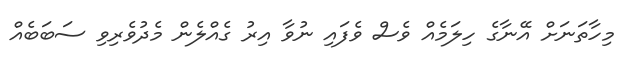
މިހާތަނަށް އޭނާގެ ހިލަމެއް ވެސް ވެފައި ނުވާ އިރު ގެއްލެން މެދުވެރިވި ސަބަބެއް